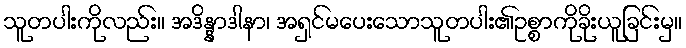
သူတပါးကိုလည်း။ အဒိန္နာဒါနာ၊ အရှင်မပေးသောသူတပါး၏ဥစ္စာကိုခိုးယူခြင်းမှ။